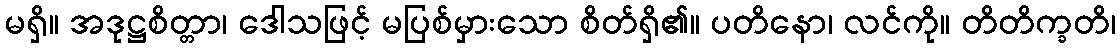
မရှိ။ အဒုဋ္ဌစိတ္တာ၊ ဒေါသဖြင့် မပြစ်မှားသော စိတ်ရှိ၏။ ပတိနော၊ လင်ကို။ တိတိက္ခတိ၊